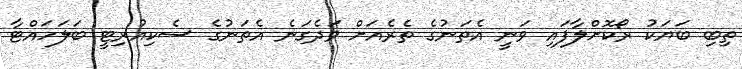
ތިބި ބަޔަކު ރޯކޮށްލާފައި ވަނީ އެތަނުގެ ތެރެއަށް ވަދެގަނެ އެތަނުގެ ސެކިއުރިޓީ ބަލަހައްޓާ